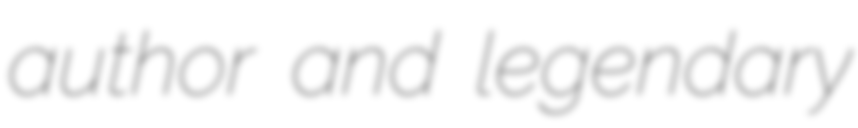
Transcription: author and legendary